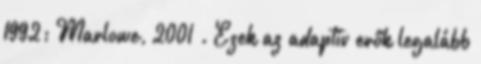
1992; Marlowe, 2001 . Ezek az adaptív erők legalább